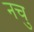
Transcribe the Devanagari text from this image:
नचु